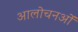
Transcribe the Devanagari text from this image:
आलोचनओं